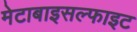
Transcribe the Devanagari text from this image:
मेटाबाइसल्फाइट